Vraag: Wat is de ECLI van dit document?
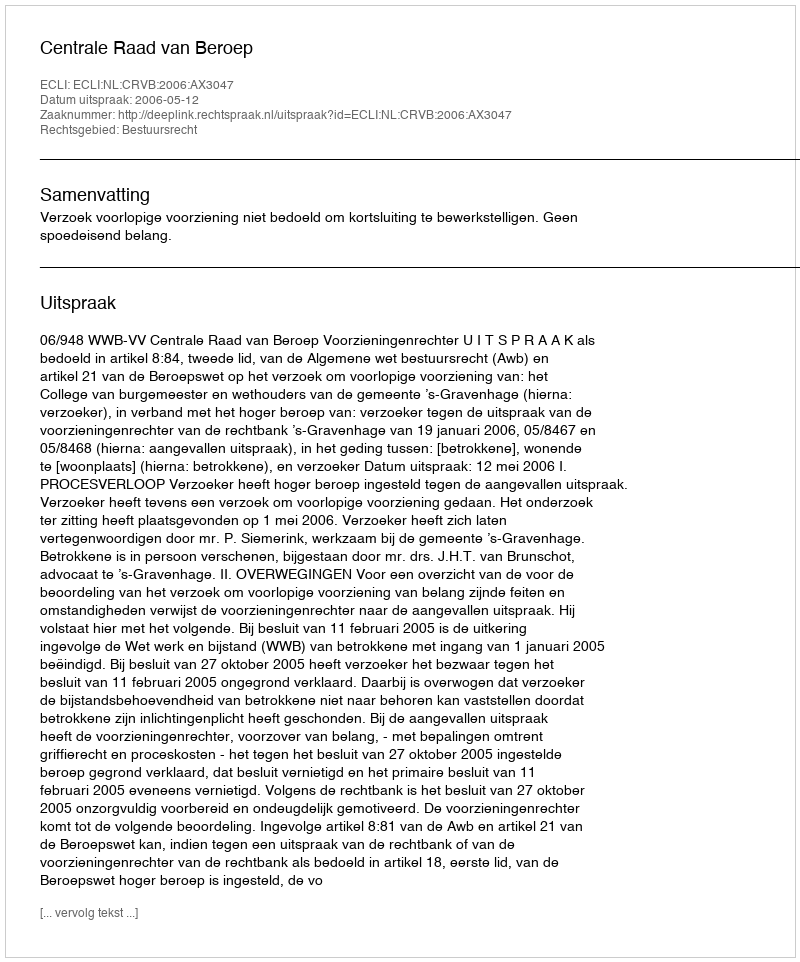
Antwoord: ECLI:NL:CRVB:2006:AX3047